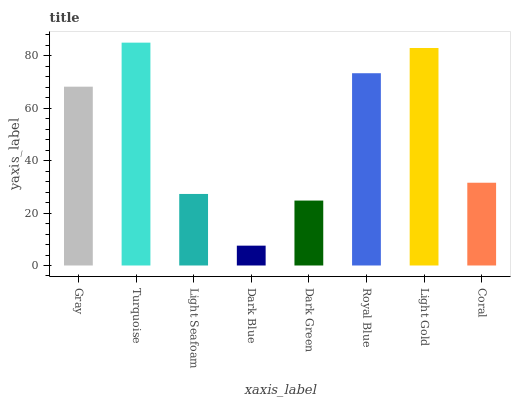
| xaxis_label | bars |
 | --- | --- |
 | Gray | 68.3 |
 | Turquoise | 85.1 |
 | Light Seafoam | 27.3 |
 | Dark Blue | 7.57 |
 | Dark Green | 24.8 |
 | Royal Blue | 73.4 |
 | Light Gold | 83 |
 | Coral | 31.6 |